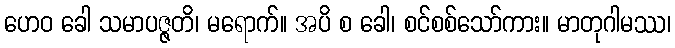
ဟေဝ ခေါ သမာပဇ္ဇတိ၊ မရောက်။ အပိ စ ခေါ၊ စင်စစ်သော်ကား။ မာတုဂါမဿ၊